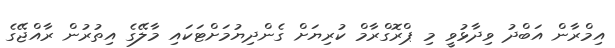
އިމްރާން އަބްދު ވިދާޅުވީ މި ޕްރޮގްރާމް ކުރިޔަށް ގެންދިޔުމަށްޓަކައި މާލޭގެ އިތުރުން ރާއްޖޭގެ